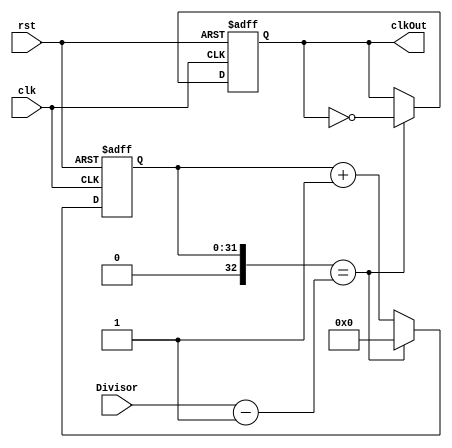
module ClockDivider_6 (
    Divisor,
    clkOut,
    clk,
    rst
);
input [31:0] Divisor;
output clkOut;
wire clkOut;
input clk;
input rst;
reg [31:0] count_i;
reg clkOut_i;
always @(posedge clk, posedge rst) begin: CLOCKDIVIDER_COUNTER
    if (rst) begin
        count_i <= 0;
    end
    else if (($signed({1'b0, count_i}) == ($signed({1'b0, Divisor}) - 1))) begin
        count_i <= 0;
    end
    else begin
        count_i <= (count_i + 1);
    end
end
always @(posedge clk, posedge rst) begin: CLOCKDIVIDER_CLOCKTICK
    if (rst) begin
        clkOut_i <= 0;
    end
    else if (($signed({1'b0, count_i}) == ($signed({1'b0, Divisor}) - 1))) begin
        clkOut_i <= (!clkOut_i);
    end
    else begin
        clkOut_i <= clkOut_i;
    end
end
assign clkOut = clkOut_i;
endmodule